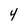
Character: 4